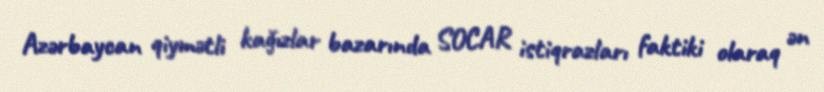
Azərbaycan qiymətli kağızlar bazarında SOCAR istiqrazları faktiki olaraq ən